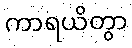
ကာရယိတွာ